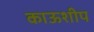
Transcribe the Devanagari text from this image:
काऊशीप